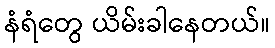
နံရံတွေ ယိမ်းခါနေတယ်။